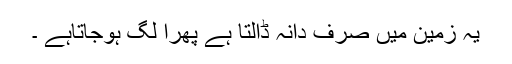
یہ زمین میں صرف دانہ ڈالتا ہے پھرا لگ ہوجاتاہے ۔